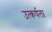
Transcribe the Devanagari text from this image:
उत्कर्षला